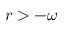
r > - \omega